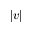
| v |